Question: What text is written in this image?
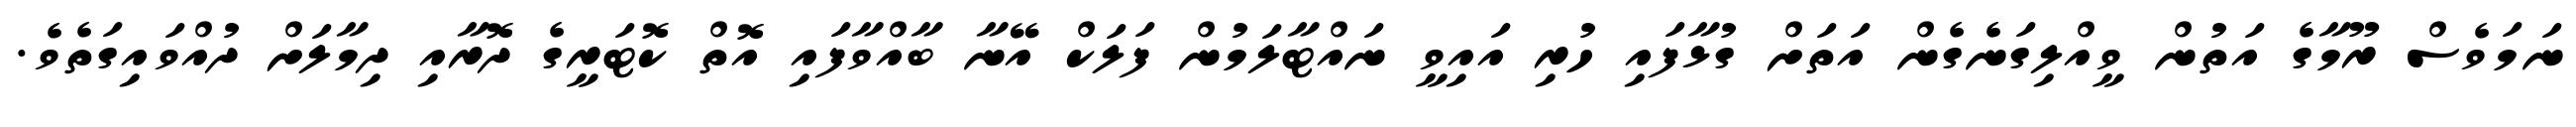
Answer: ނަމަވެސް ރޫމާގެ އަތުން ވީއްލިގަނެގެން އަތަށް ގުޅާފައި ހުރި އައިވީ ނައްޓާލަމުން ފަލަކް އޭނާ ބާއްވާފައި އޮތް ކޮޓަރީގެ ދޮރާއި ދިމާލަށް ދުއްވައިގަތެވެ.